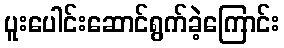
ပူးပေါင်းဆောင်ရွက်ခဲ့ကြောင်း